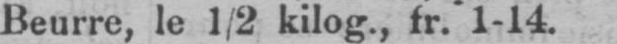
Beurre, le ½ kilog., fr. 1-14.